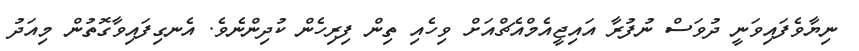
ނިޔާވެފައިވަނީ ދުވަސް ނުފުރާ އައިޖީއެމްއެޗްއަށް ވިހެއި ތިން ފިރިހެން ކުދިންނެވެ. އެނގިފައިވާގޮތުން މިއަދު